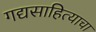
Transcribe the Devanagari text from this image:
गद्यसाहित्याचा